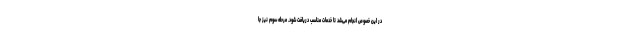
در این خصوص انجام می‌شد تا خدمات مناسب دریافت شود. مرحله سوم نیز جا